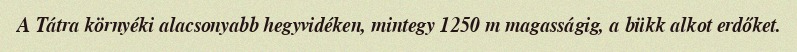
A Tátra környéki alacsonyabb hegyvidéken, mintegy 1250 m magasságig, a bükk alkot erdőket.